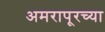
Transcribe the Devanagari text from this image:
अमरापूरच्या